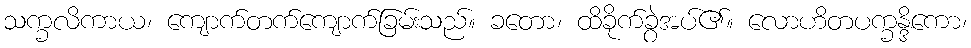
သက္ခလိကာယ၊ ကျောက်တက်ကျောက်ခြမ်းသည်။ ခတော၊ ထိခိုက်ခွဲအပ်၏။ လောဟိတပက္ခန္ဒိကော၊